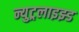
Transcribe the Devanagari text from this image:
न्युट्रलाइझ्ड